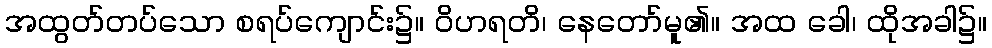
အထွတ်တပ်သော စရပ်ကျောင်း၌။ ဝိဟရတိ၊ နေတော်မူ၏။ အထ ခေါ၊ ထိုအခါ၌။